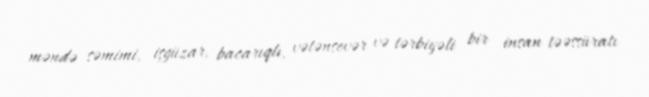
məndə səmimi, işgüzar, bacarıqlı, vətənsevər və tərbiyəli bir insan təəssüratı